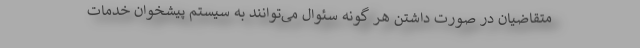
متقاضیان در صورت داشتن هر گونه سئوال می‌توانند به سیستم پیشخوان خدمات